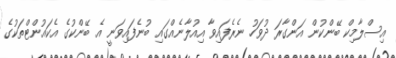
އިސްލާމިކް ބޭންކުން އަންގާރަ ދުވަހު ނެރެފައިވާ އިއުލާނެއްގައި ބުނެފައިވަނީ އެ ބޭންކުގެ އެކައުންޓްތަކުގެ